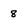
Character: 8